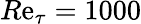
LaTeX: R\mathrm{e}_{\tau}=1000